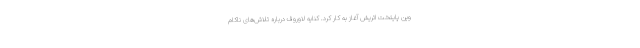
وین پایتخت اتریش آغاز به کار کرد. کنایه لاوروف درباره تلاش‌های ناکام